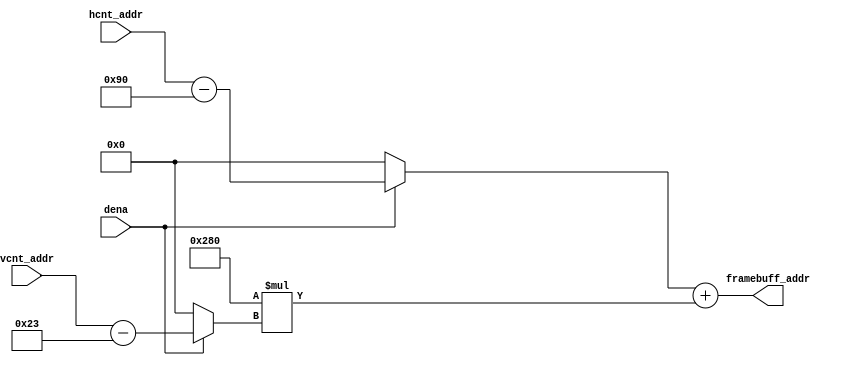
module vga_framebuffer_addr_generator (hcnt_addr, vcnt_addr, dena, framebuff_addr);
input [9:0] hcnt_addr, vcnt_addr;
input dena;
output reg [18:0] framebuff_addr;


reg [9:0] hcnt_var, vcnt_var;
reg [9:0] x, y;

always @(*)
begin
	if(dena)
		begin 
			hcnt_var = hcnt_addr - 10'b0010010000;
			vcnt_var = vcnt_addr - 10'b0000100011;
		end
	else
		begin
			hcnt_var = 0;
			vcnt_var = 0;
		end
	framebuff_addr = hcnt_var + 10'b1010000000*(vcnt_var);
end 

endmodule